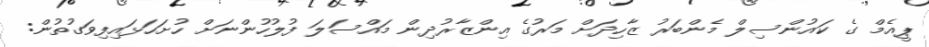
ޕީއެމް ގެ ކައުންސިލް މެންބަރު ޒާހިދަށް މަރުގެ އިންޒާރުދިން މައްސަލަ ފުލުހުންނަށް ހުށަހަޅައިފިވަގުތުން: